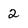
Character: 2